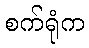
စက်ရုံက